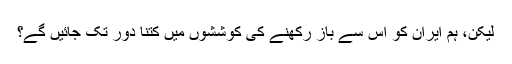
لیکن، ہم ایران کو اس سے باز رکھنے کی کوششوں میں کتنا دور تک جائیں گے؟